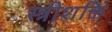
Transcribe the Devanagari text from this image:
स्त्रीशक्ति